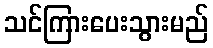
သင်ကြားပေးသွားမည်